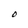
Character: O